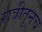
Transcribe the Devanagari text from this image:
रात्रीतुनच